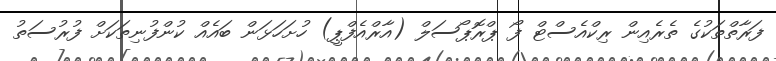
ފަރާތްތަކުގެ ތެރެއިން ރިކްއެސްޓް ފޯ ޕްރޮޕޯސަލް (އާރްއެފްޕީ) ހުށަހަޅަން ބައެއް ކުންފުނިތަކަށް ފުރުސަތު